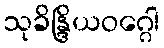
သုခိန္ဒြိယဝဂ္ဂေါ